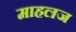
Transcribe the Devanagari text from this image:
माहलज